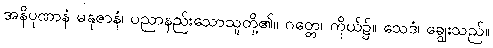
အနိပုဏာနံ မနုဇာနံ၊ ပညာနည်းသောသူတို့၏။ ဂတ္တေ၊ ကိုယ်၌။ သေဒံ၊ ချွေးသည်။